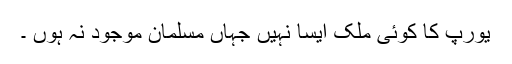
یورپ کا کوئی ملک ایسا نہیں جہاں مسلمان موجود نہ ہوں ۔